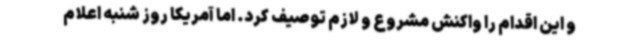
و این اقدام را واکنش مشروع و لازم توصیف کرد. اما آمریکا روز شنبه اعلام